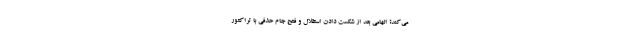
می‌کند؟ الهامی بعد از شکست دادن استقلال و فتح جام حذفی با تراکتور